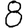
Digit: 8